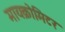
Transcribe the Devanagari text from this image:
मायक्रोमिटर